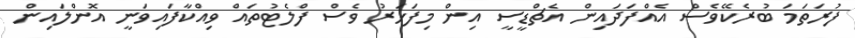
ފުރަތަމަ ބުރެކޭވެސް އެއްފަދައިން އެޗްޑީސީ އިން މިފަހަރު ވެސް ފްލެޓުތައް ވިއްކާފައިވަނީ އޮންލައިން